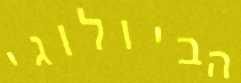
הביולוגי